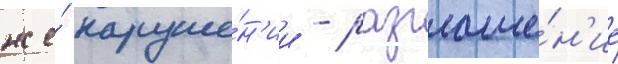
же́ наруше́н'ии - разглаше́н'ие